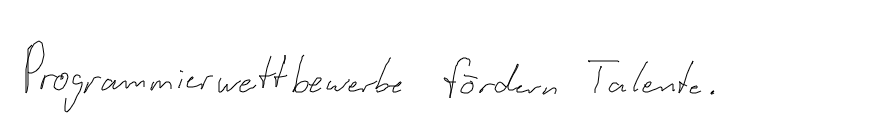
Programmierwettbewerbe fördern Talente.